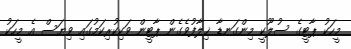
މީހަކު ޕާޓީގެ ސުލޫކީ މިންގަނޑާ ޚިލާފުވެގެން ޕާޓީން ވަކިކުރިކަމުގައި ވިޔަސް އެ މީހަކު